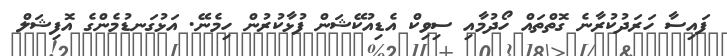
ފައިސާ ހަރަދުކުރާނެ ގޮތްތައް ހޯދުމާއި ސިވިކް އެޑިއުކޭޝަން ފުޅާކުރުން ހިމެނޭ. އަޅުގަނޑުމެންގެ އޮފިޝަލް